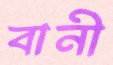
বানী